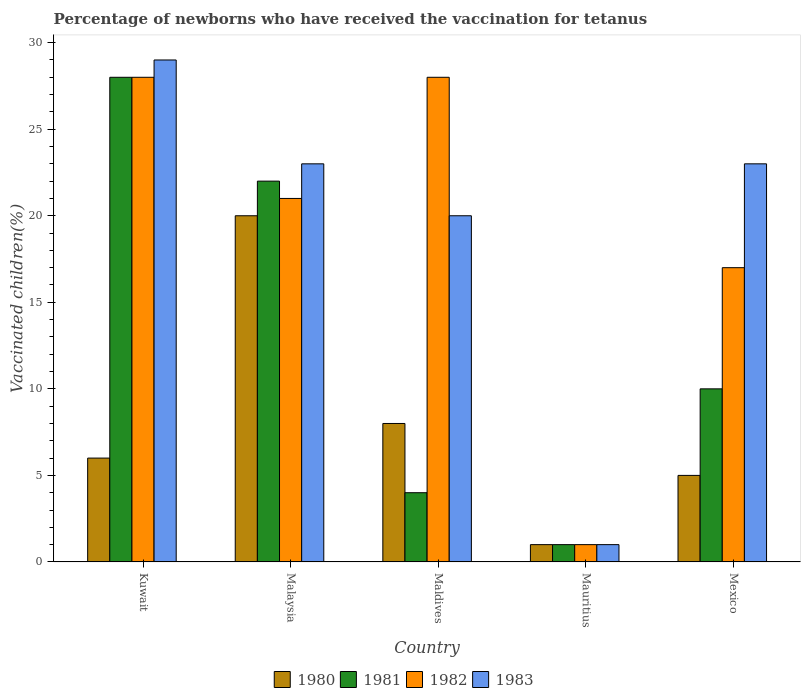
| Country | 1980 | 1981 | 1982 | 1983 |
 | --- | --- | --- | --- | --- |
 | Kuwait | 6 | 28 | 28 | 29 |
 | Malaysia | 20 | 22 | 21 | 23 |
 | Maldives | 8 | 4 | 28 | 20 |
 | Mauritius | 1 | 1 | 1 | 1 |
 | Mexico | 5 | 10 | 17 | 23 |